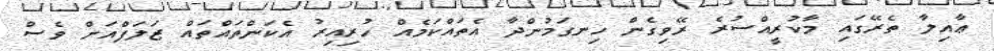
ޢާއިލާ ތެރޭގައި މާކުރީއްސުރެ ރޭވިގެން ހިނގަމުންދާ އެތައްކަމެއް ހުރިއިރު އެކަންތައްތައް ޒަލަފްއަށް ވެސް